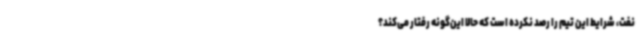
نفت، شرایط این تیم را رصد نکرده است که حالا این‌گونه رفتار می‌کند؟